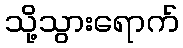
သို့သွားရောက်